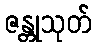
ဇန္တုသုတ်